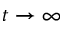
t \rightarrow \infty